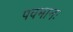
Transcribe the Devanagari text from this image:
पवमानः